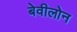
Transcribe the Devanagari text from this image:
बेवीलोन